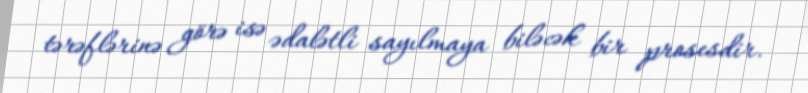
tərəflərinə görə isə ədalətli sayılmaya biləcək bir prosesdir.